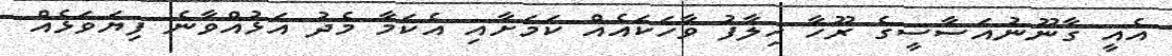
އެއީ ގާނޫނުއަސާސީގެ ރޫހާ ހިލާފު ވާހަކައެއް ކަމަށާއި އެކަމާ މެދު އަޅުއްވާނެ ފިޔަވަޅެއް